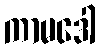
ကာမဒေါ